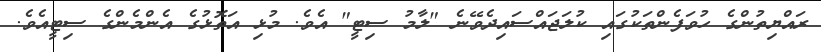
ރައްޔިތުންގެ ހުވަފެންތަކުގައި ކުލަޖައްސައިދެވޭނެ "ލާމު ސިޓީ" އެވެ. މުޅި އަތޮޅުގެ އެންމެންގެ ސިޓީއެވެ.